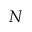
N